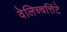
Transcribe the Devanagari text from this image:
वेलिच्चत्तिंटे